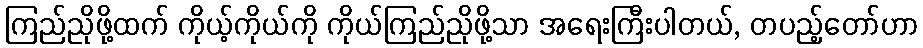
ကြည်ညိုဖို့ထက် ကိုယ့်ကိုယ်ကို ကိုယ်ကြည်ညိုဖို့သာ အရေးကြီးပါတယ်, တပည့်တော်ဟာ